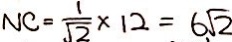
N C = \frac { 1 } { \sqrt { 2 } } \times 1 2 = 6 \sqrt { 2 }